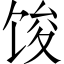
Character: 馂